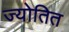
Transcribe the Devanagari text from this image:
ज्योतित